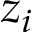
z _ { i }